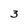
Character: 3